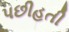
પછીહતી